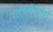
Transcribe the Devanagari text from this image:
एल्बुकेर्क्यु